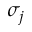
\sigma _ { j }